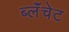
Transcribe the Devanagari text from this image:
ब्लॅंचेट